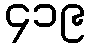
၄၁၉